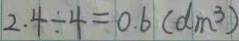
2 . 4 \div 4 = 0 . 6 ( d m ^ { 3 } )